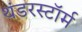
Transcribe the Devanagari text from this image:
थंडरस्टॉर्म